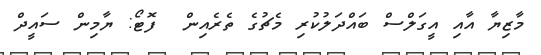
މާޒިޔާ އާއި އީގަލްސް ބައްދަލުކުރި މެޗުގެ ތެރެއިން  ފޮޓޯ: ޔާމިން ސައީދް